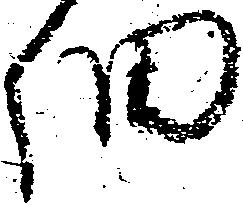
細